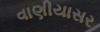
વાણીયાસર